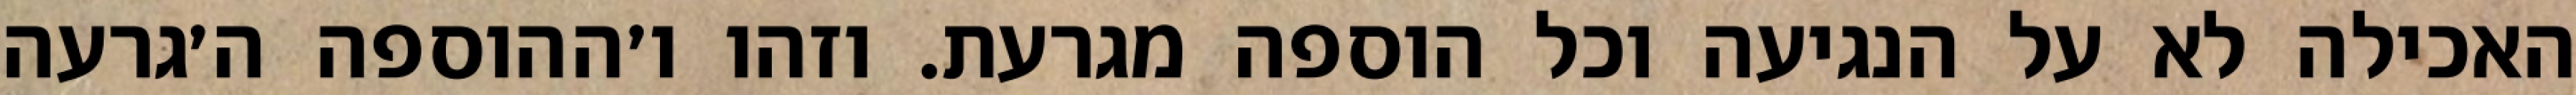
האכילה לא על הנגיעה וכל הוספה מגרעת. וזהו ו׳ההוספה ה׳גרעה